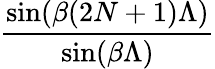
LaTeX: \frac{\sin(\beta(2N+1)\Lambda)}{\sin(\beta\Lambda)}